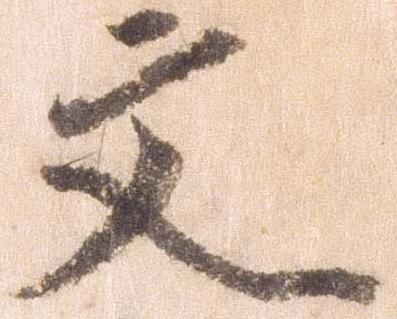
文